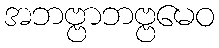
အဘဗ္ဗာဘဗ္ဗမေဝ